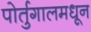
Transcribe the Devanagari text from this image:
पोर्तुगालमधून